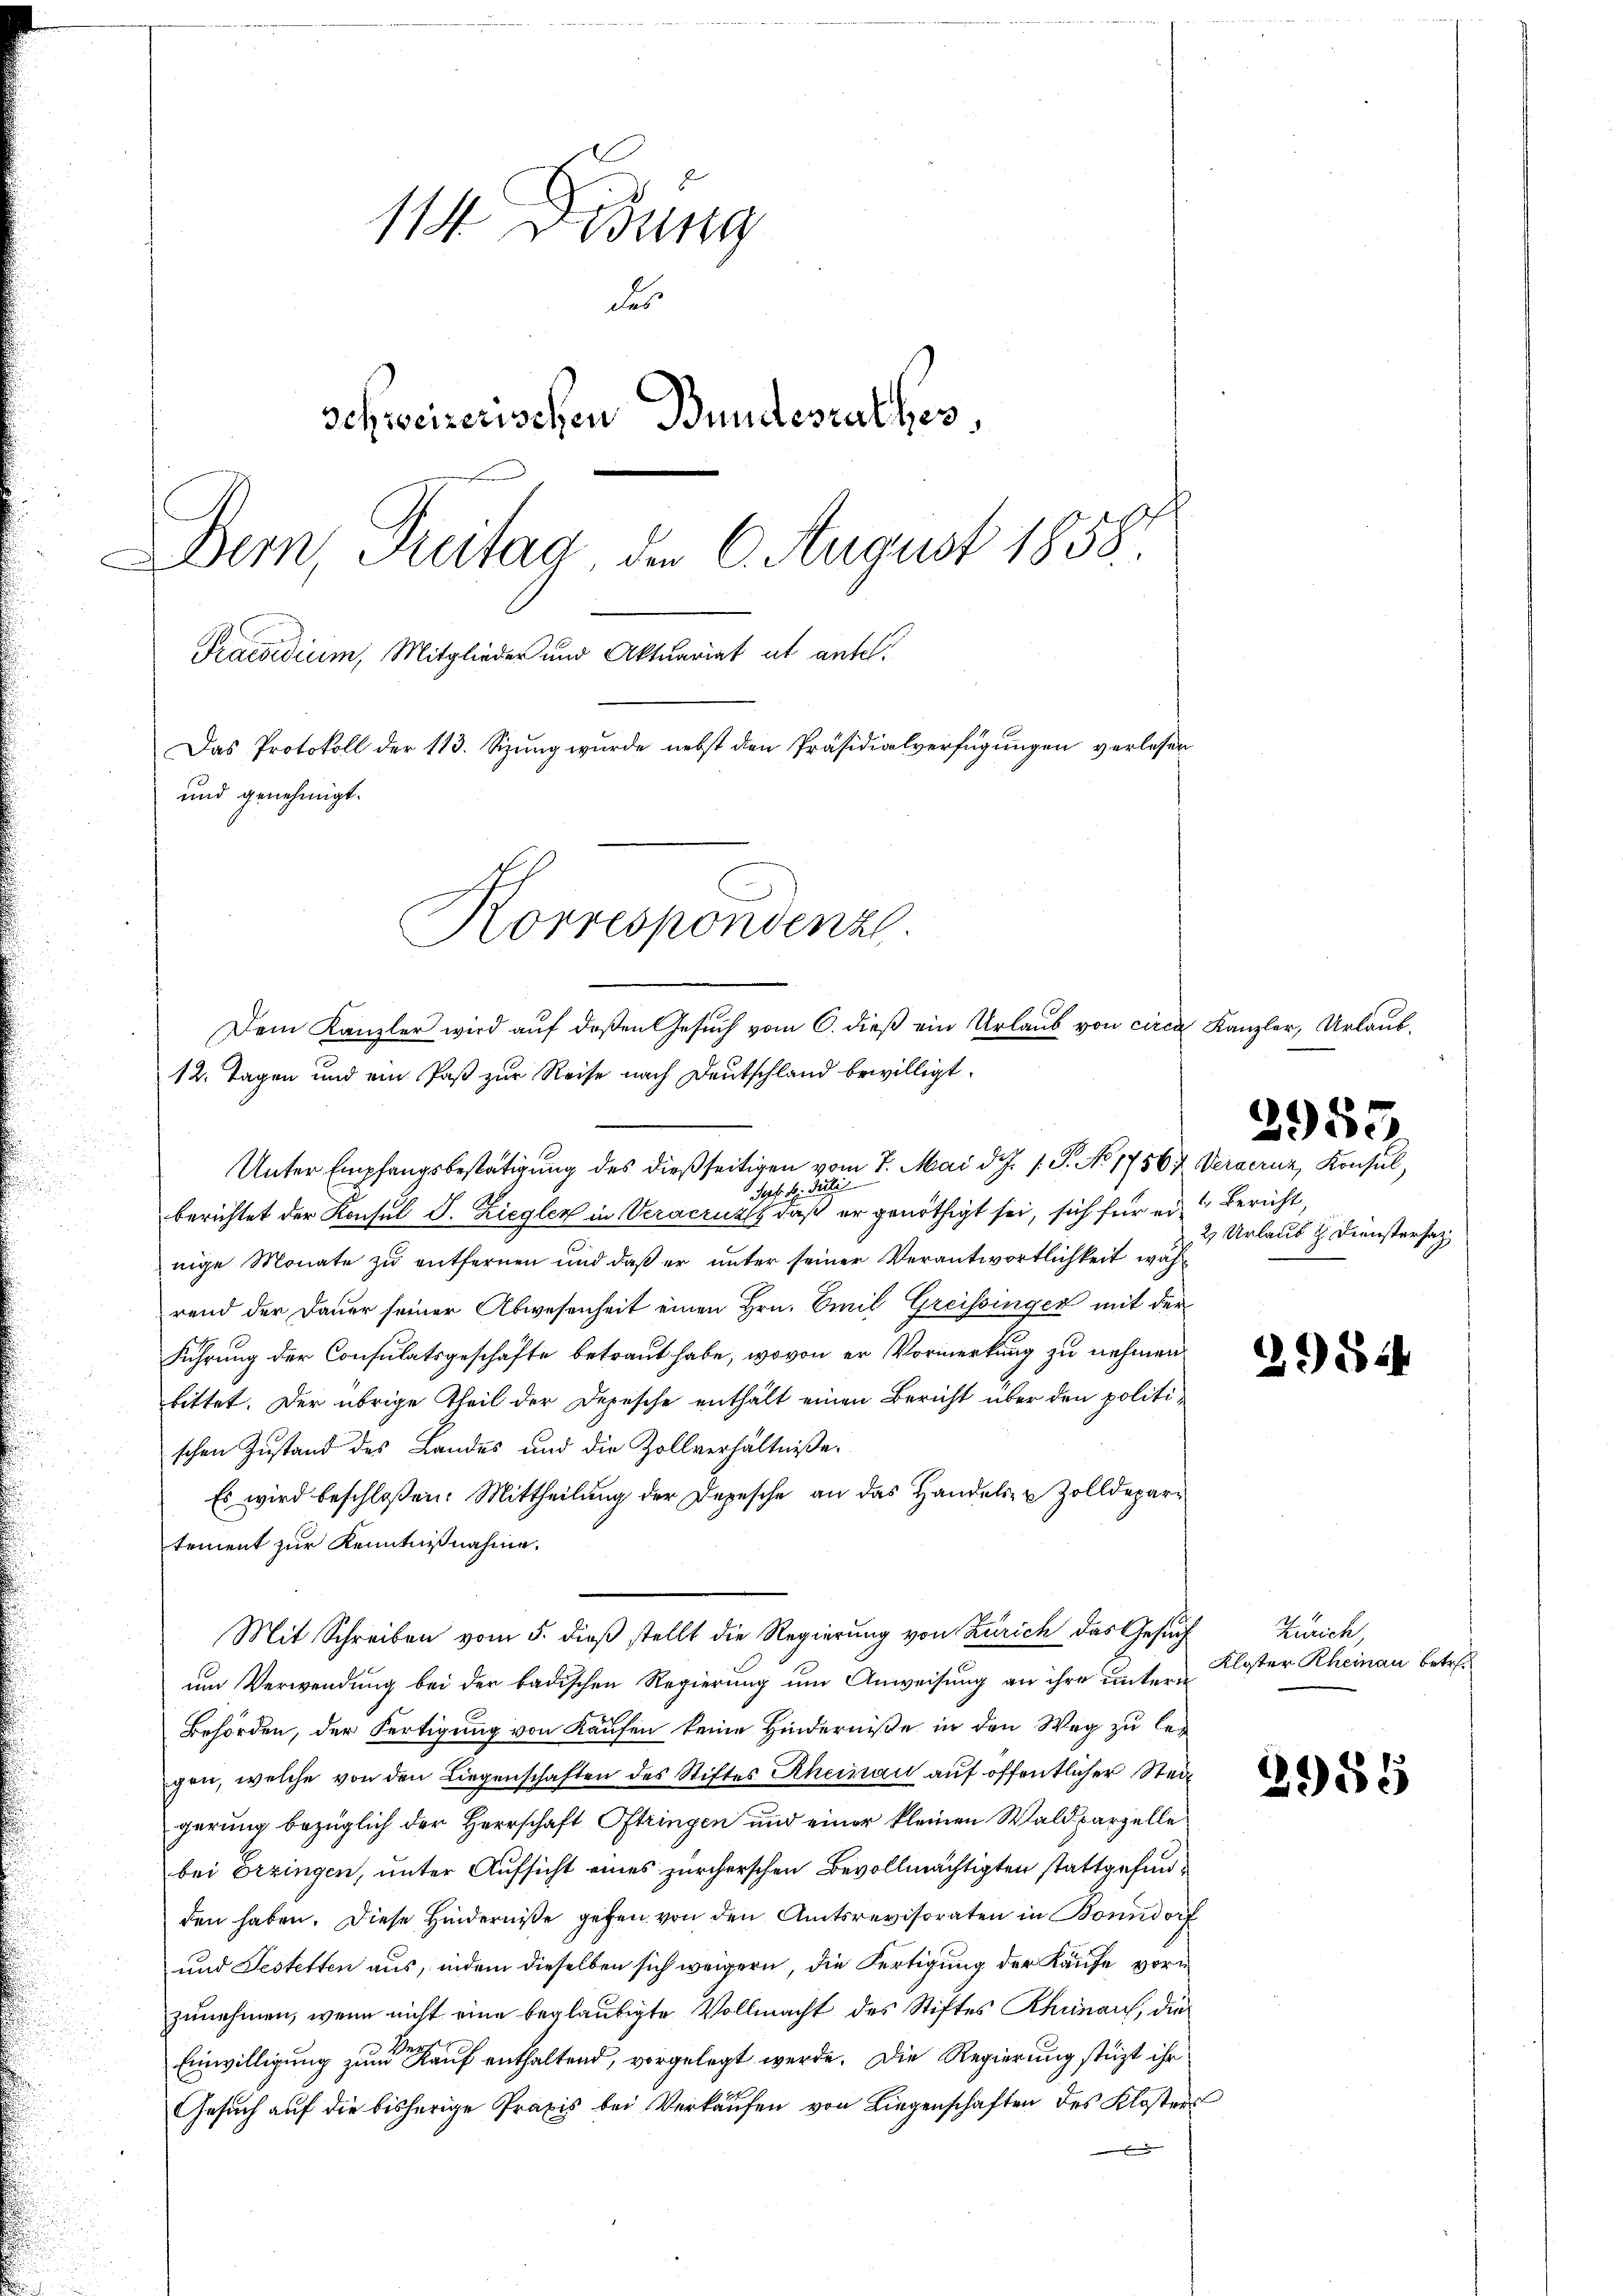
114. Jung
des
schweizerischen Bundesrathes,
Der, Pritag der 6. August 1858.
Praesidium, Mitglieder und Aktuariat ut antel.
Das Protokoll der 113. Sizung wurde nebst den Präsidialverfügungen verlesen
und genehmigt.
Korrespondenz.

12. Tagen und ein Paß zur Reise nach Deutschland bewilligt.
Unter Empfangsbestätigung des dießseitigen vom 7. Mai d. J. J. P. No 17567 Vergeruz, Konsul
Sept d. Justi
berichtet der Konsul S. Ziegler in Veracruzt, daß er genöthigt sei, sich für einige Monate zu entfernen und daß er unter seiner Verantwortlichkeit während der Dauer seiner Abwesenheit einen Hrn. Emil Greissinger mit der
Führung der Consulatsgeschäfte betraut habe, wovon er Vormerkung zu nehmen
bittet. Der übrige Theil der Depesche enthält einen Bericht über den politischen Zustand des Landes und die Zollverhältniße.
Es wird beschloßen: Mittheilung der Depesche an das Handels- & Zolldepari
tement zur Kenntnißnahme.
Mit Schreiben vom 5. dieß stellt die Regierung von Zürich das Gesuch
um Verwendung bei der badischen Regierung um Anweisung an ihre untern
Behörden, der Fertigung von Kaufen keine Hinderniße in den Weg zu legen, welche von den Liegenschaften des Stiftes Rheinau auf öffentlicher Stadt
gerung bezüglich der Herrschaft Oftringen und einer kleinen Waldparzelle
bei Erzingen, unter Aufsicht eines zürcherschen Bevollmächtigten stattgefunden haben. Diese Hinderniße gehen von den Amtsrevisoraten in Bonndorf
und Festetten aus, indem dieselben sich weigern, die Fertigung der Käufe vorn
zunehmen, wenn nicht eine beglaubigte Vollmacht des Stiftes Rhinauf, die
Einwilligung zum Kauf enthaltend, vorgelegt werde. Die Regierung stüzt ihr
Gesuch auf die bisherige Praxis bei Verkaufen von Liegenschaften des Klosters
E

Dem Kanzler wird aŭf deßen Gesŭch vom 6. dieβ ein Urlaŭb von circa Kanzler, Urlaub-

2953.

Bericht,
2 Urlaub & Dienstersatz

2954

Zürich,
Kloster Rheinau betr.

2988